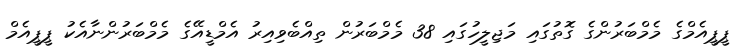
ޕީޕީއެމްގެ މެމްބަރުންގެ ގޮތުގައި މަޖިލީހުގައި 38 މެމްބަރުން ތިއްބެވިއިރު އެމްޑީއޭގެ މެމްބަރުންނާއެކު ޕީޕީއެމް